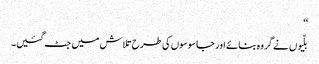
‘‘
بلّیوں نے گروہ بنائے اور جاسوسوں کی طرح تلاش میں جٹ گئیں۔